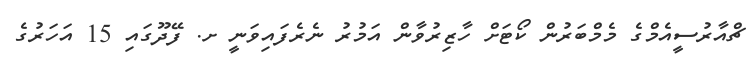
ޗްއާރުސީއެމްގެ މެމްބަރުން ކޯޓަށް ހާޒިރުވާން އަމުރު ނެރެފައިވަނީ ށ. ފޭދޫގައި 15 އަހަރުގެ